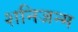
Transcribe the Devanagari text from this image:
शनिजन्म